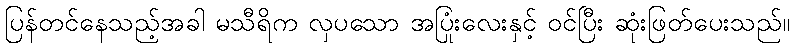
ပြန်တင်နေသည့်အခါ မသီရိက လှပသော အပြုံးလေးနှင့် ဝင်ပြီး ဆုံးဖြတ်ပေးသည်။